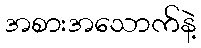
အစားအသောက်နဲ့